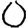
Digit: 0